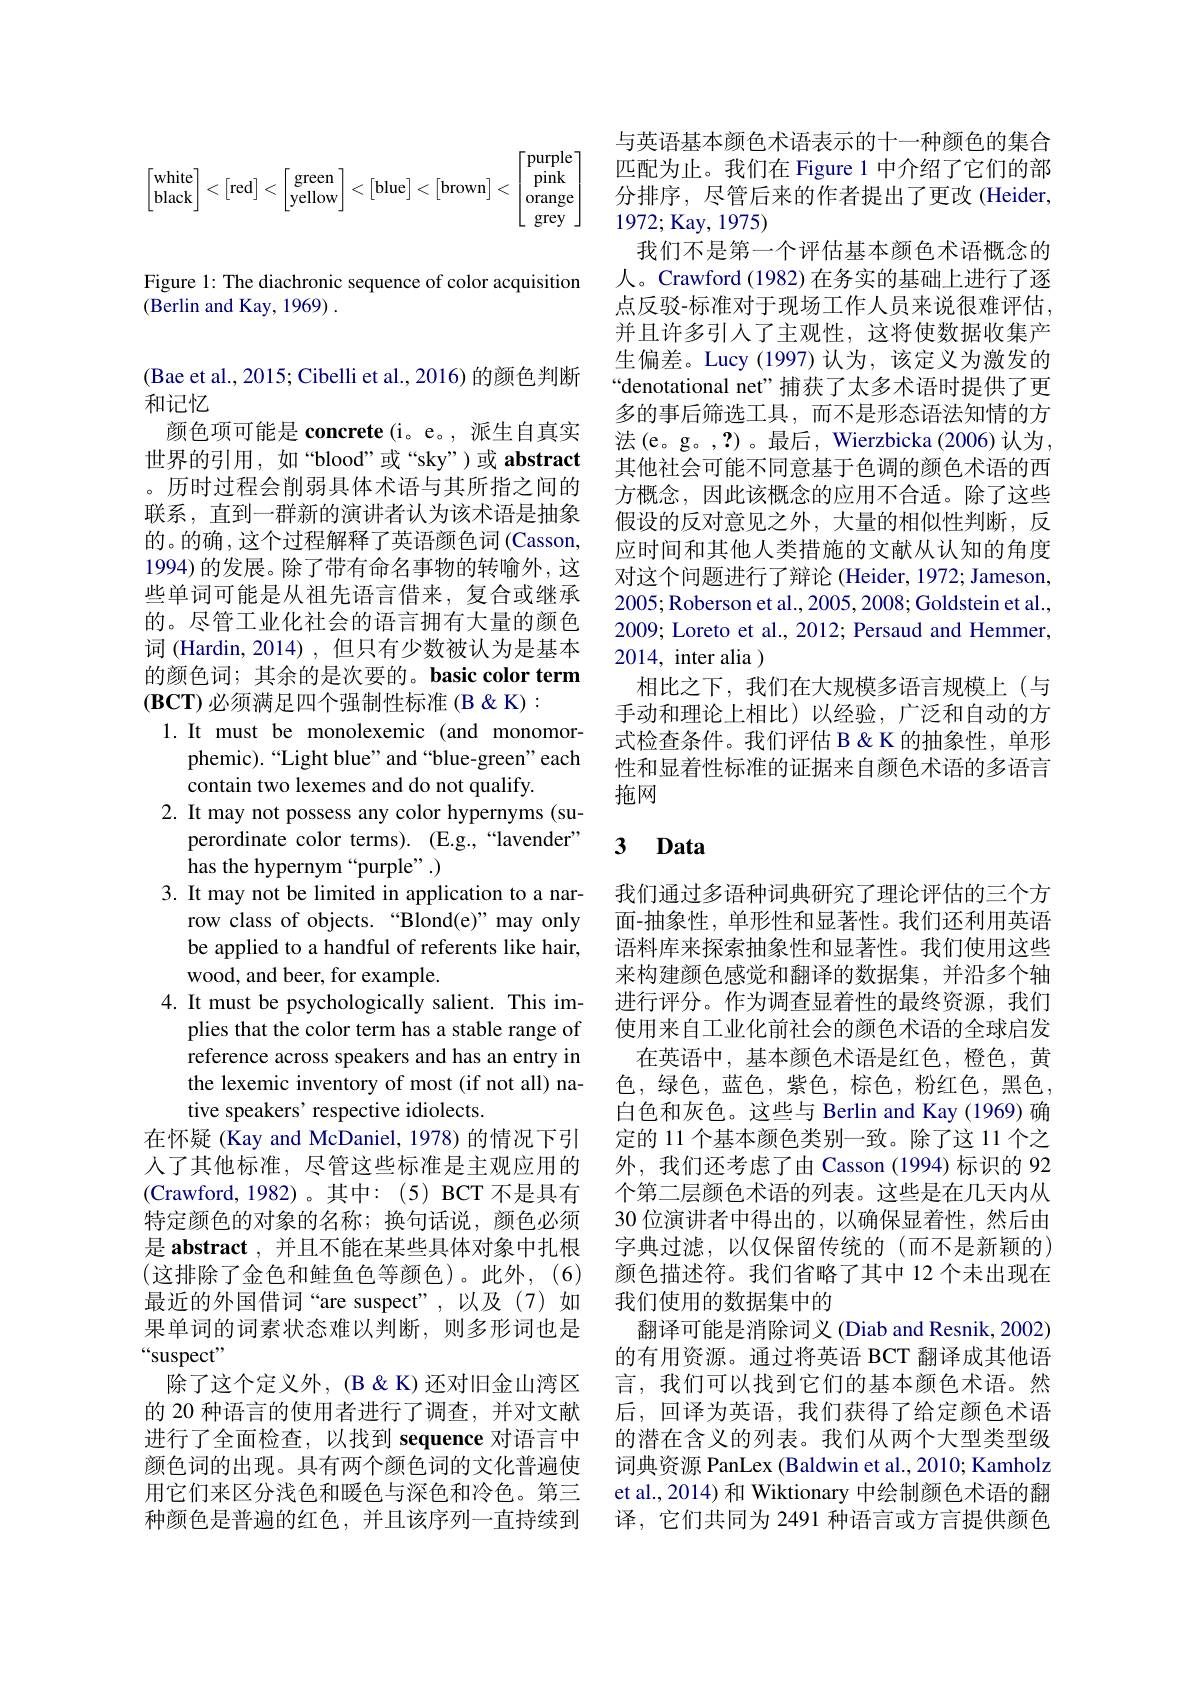
$$\begin{bmatrix}\text{white}\\\text{black}\end{bmatrix}<\begin{bmatrix}\text{red}\end{bmatrix}<\begin{bmatrix}\text{green}\\\text{yellow}\end{bmatrix}<\begin{bmatrix}\text{blue}\end{bmatrix}<\begin{bmatrix}\text{brown}\end{bmatrix}<\begin{bmatrix}\text{purple}\\\text{pink}\\\text{orange}\\\text{grey}\end{bmatrix}$$
Figure 1: The diachronic sequence of color acquisition
(Berlin and Kay, 1969) .

(Bae et al., 2015; Cibelli et al., 2016) 的颜色判断
和记忆
颜色项可能是 concrete(i。e。,派生自真实世界的引用，如“blood”或“sky”)或 abstract 。历时过程会削弱具体术语与其所指之间的联系，直到一群新的演讲者认为该术语是抽象的。的确 , 这个过程解释了英语颜色词 (Casson, 1994) 的发展。除了带有命名事物的转喻外，这些单词可能是从祖先语言借来，复合或继承的。尽管工业化社会的语言拥有大量的颜色词 (Hardin, 2014) , 但只有少数被认为是基本的颜色词；其余的是次要的。basic color term $(\mathbf{BCT})$必须满足四个强制性标准 (B & K) :
1.It must be monolexemic (and monomor-
phemic).“Light blue” and“blue-green" each
contain two lexemes and do not qualify.
2. It may not possess any color hypernyms (su-
perordinate color terms). (E.g.,“lavender”
has the hypernym“purple”.)
3. It may not be limited in application to a nar-
row class of objects. “Blond(e)”may only be applied to a handful of referents like hair, wood, and beer, for example.
4. It must be psychologically salient. This im-
plies that the color term has a stable range of reference across speakers and has an entry in the lexemic inventory of most (if not all) native speakers' respective idiolects.
在怀疑 (Kay and McDaniel, 1978) 的情况下引人了其他标准，尽管这些标准是主观应用的(Crawford,1982)。其中：(5)BCT 不是具有特定颜色的对象的名称；换句话说，颜色必须是 abstract , 并且不能在某些具体对象中扎根(这排除了金色和鲑鱼色等颜色)。此外，(6) 最近的外国借词“are suspect”,以及(7)如果单词的词素状态难以判断，则多形词也是“suspect”
除了这个定义外，(B & K) 还对旧金山湾区的 20 种语言的使用者进行了调查，并对文献进行了全面检查，以找到 sequence 对语言中颜色词的出现。具有两个颜色词的文化普遍使用它们来区分浅色和暖色与深色和冷色。第三种颜色是普遍的红色，并且该序列一直持续到

与英语基本颜色术语表示的十一种颜色的集合匹配为止。我们在 Figure 1 中介绍了它们的部分排序，尽管后来的作者提出了更改(Heider, 1972; Kay, 1975)
我们不是第一个评估基本颜色术语概念的人。Crawford (1982)在务实的基础上进行了逐点反驳-标准对于现场工作人员来说很难评估， 并且许多引人了主观性，这将使数据收集产生偏差。Lucy(1997)认为，该定义为激发的“denotational net”捕获了太多术语时提供了更多的事后筛选工具，而不是形态语法知情的方法(e。g。,?)。最后，Wierzbicka(2006)认为， 其他社会可能不同意基于色调的颜色术语的西方概念，因此该概念的应用不合适。除了这些假设的反对意见之外，大量的相似性判断，反应时间和其他人类措施的文献从认知的角度对这个问题进行了辩论 (Heider, 1972; Jameson, 2005;Roberson et al., 2005, 2008; Goldstein et al., 2009; Loreto et al., 2012; Persaud and Hemmer, 2014, inter alia )
相比之下，我们在大规模多语言规模上(与手动和理论上相比)以经验，广泛和自动的方式检查条件。我们评估 B & K 的抽象性，单形性和显着性标准的证据来自颜色术语的多语言拖网

### $\textbf{3 Data}$

我们通过多语种词典研究了理论评估的三个方面-抽象性，单形性和显著性。我们还利用英语语料库来探索抽象性和显著性。我们使用这些来构建颜色感觉和翻译的数据集，并沿多个轴进行评分。作为调查显着性的最终资源，我们使用来自工业化前社会的颜色术语的全球启发
在英语中，基本颜色术语是红色，橙色，黄色，绿色，蓝色，紫色，棕色，粉红色，黑色， 白色和灰色。这些与 Berlin and Kay (1969) 确定的 11 个基本颜色类别一致。除了这 11 个之外，我们还考虑了由 Casson (1994) 标识的 92个第二层颜色术语的列表。这些是在几天内从30 位演讲者中得出的，以确保显着性，然后由字典过滤，以仅保留传统的(而不是新颖的) 颜色描述符。我们省略了其中 12 个未出现在我们使用的数据集中的
翻译可能是消除词义 (Diab and Resnik, 2002) 的有用资源。通过将英语 BCT 翻译成其他语言，我们可以找到它们的基本颜色术语。然后，回译为英语，我们获得了给定颜色术语的潜在含义的列表。我们从两个大型类型级词典资源 PanLex (Baldwin et al., 2010; Kamholz et al., 2014) 和 Wiktionary 中绘制颜色术语的翻译，它们共同为 2491 种语言或方言提供颜色